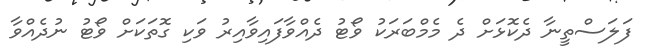
ފަލަސްތީނާ ދެކޮޅަށް ދެ މެމްބަރަކު ވޯޓު ދެއްްވާފައިވާއިރު ވަކި ގޮތަކަށް ވޯޓު ނުދެއްވާ